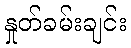
နှုတ်ခမ်းချင်း